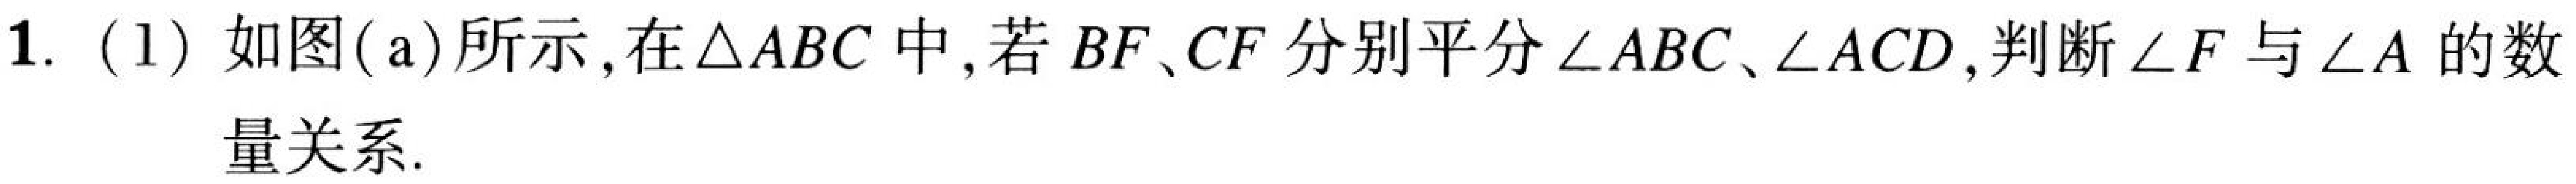
1. (1) 如图(a)所示,在$\triangle ABC$中,若$BF、CF$分别平分$\angle ABC、\angle ACD$,判断$\angle F$与$\angle A$的数
量关系.